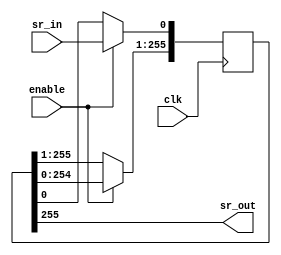
// Quartus II Verilog Template
// One-bit wide, N-bit long shift register

module basic_shift_register 
#(parameter N=256)
(
	input clk, enable,
	input sr_in,
	output sr_out
);

	// Declare the shift register
	reg [N-1:0] sr;

	// Shift everything over, load the incoming bit
	always @ (posedge clk)
	begin
		if (enable == 1'b1)
		begin
			sr[N-1:1] <= sr[N-2:0];
			sr[0] <= sr_in;
		end
	end

	// Catch the outgoing bit
	assign sr_out = sr[N-1];

endmodule